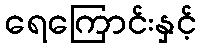
ရေကြောင်းနှင့်